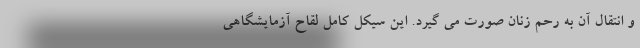
و انتقال آن به رحم زنان صورت می گیرد. این سیکل کامل لقاح آزمایشگاهی